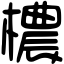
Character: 檂